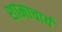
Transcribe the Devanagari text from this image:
शामाचार्य